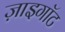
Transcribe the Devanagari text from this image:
ज़ाइगॉट